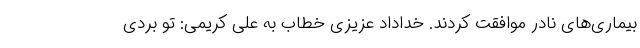
بیماری‌های نادر موافقت کردند. خداداد عزیزی خطاب به علی کریمی: تو بردی